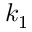
k _ { 1 }